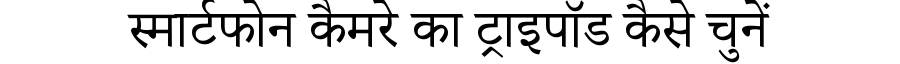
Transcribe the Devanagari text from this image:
स्मार्टफोन कैमरे का ट्राइपॉड कैसे चुनें